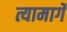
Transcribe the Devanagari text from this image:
त्यामार्गे